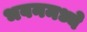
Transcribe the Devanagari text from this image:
भवनमध्ये